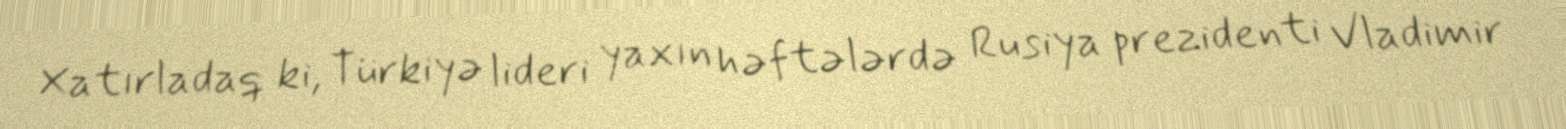
Xatırladaq ki, Türkiyə lideri yaxın həftələrdə Rusiya prezidenti Vladimir